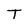
Character: T